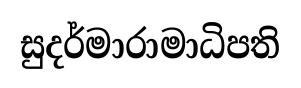
සුදර්මාරාමාධිපති